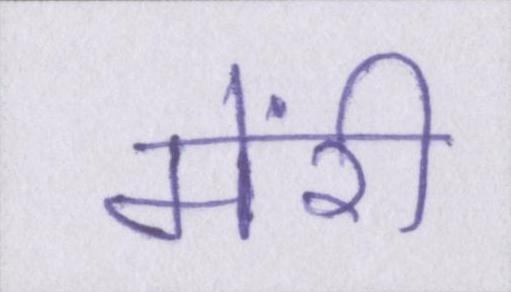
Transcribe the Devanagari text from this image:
मेंरी